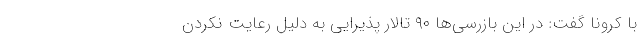
با کرونا گفت: در این بازرسی‌ها ۹۰ تالار پذیرایی به دلیل رعایت نکردن